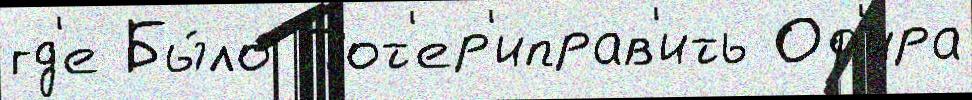
гд'е Бы́ло Пот'ер'иправ'ить Оф'ира